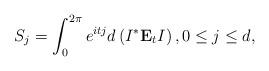
LaTeX: \begin{align*}S_j = \int_0^{2\pi} e^{itj} d \left( I^* \mathbf{E}_t I \right),0\leq j\leq d,\end{align*}